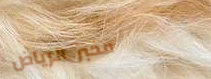
مخبز الرياض